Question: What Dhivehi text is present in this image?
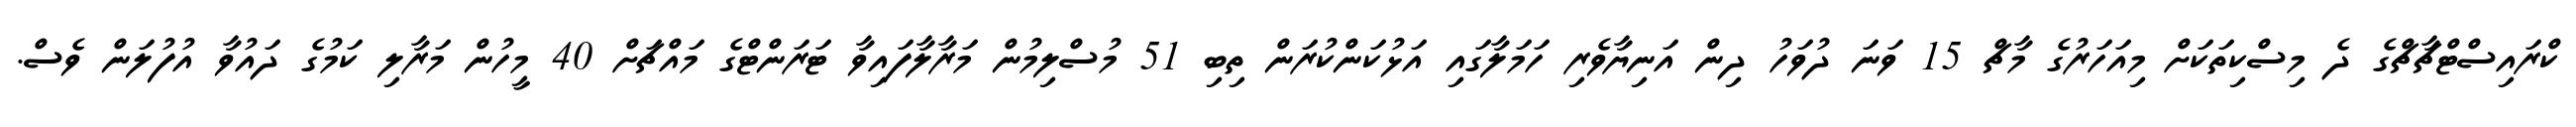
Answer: ކްރައިސްޓްޗާޗްގެ ދެ މިސްކިތަކަށް މިއަހަރުގެ މާޗް 15 ވަނަ ދުވަހު ދިން އަނިޔާވެރި ހަމަލާގައި އަޅުކަންކުރަން ތިބި 51 މުސްލިމުން މަރާލާފައިވާ ޓަރަންޓްގެ މައްޗަށް 40 މީހުން މަރާލި ކަމުގެ ދައުވާ އުފުލަން ވެސް.